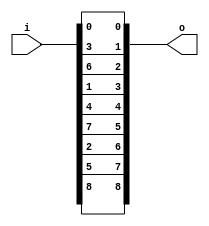
module bsg_transpose_width_p3_els_p3
(
  i,
  o
);

  input [8:0] i;
  output [8:0] o;
  wire [8:0] o;
  assign o[8] = i[8];
  assign o[7] = i[5];
  assign o[6] = i[2];
  assign o[5] = i[7];
  assign o[4] = i[4];
  assign o[3] = i[1];
  assign o[2] = i[6];
  assign o[1] = i[3];
  assign o[0] = i[0];

endmodule